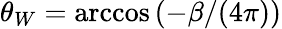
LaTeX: \theta_{W}=\operatorname{arccos}{(-\beta/(4\pi))}